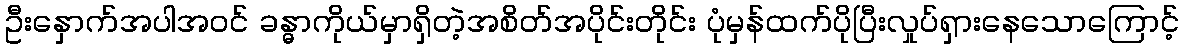
ဦးနှောက်အပါအဝင် ခန္ဓာကိုယ်မှာရှိတဲ့အစိတ်အပိုင်းတိုင်း ပုံမှန်ထက်ပိုပြီးလှုပ်ရှားနေသောကြောင့်